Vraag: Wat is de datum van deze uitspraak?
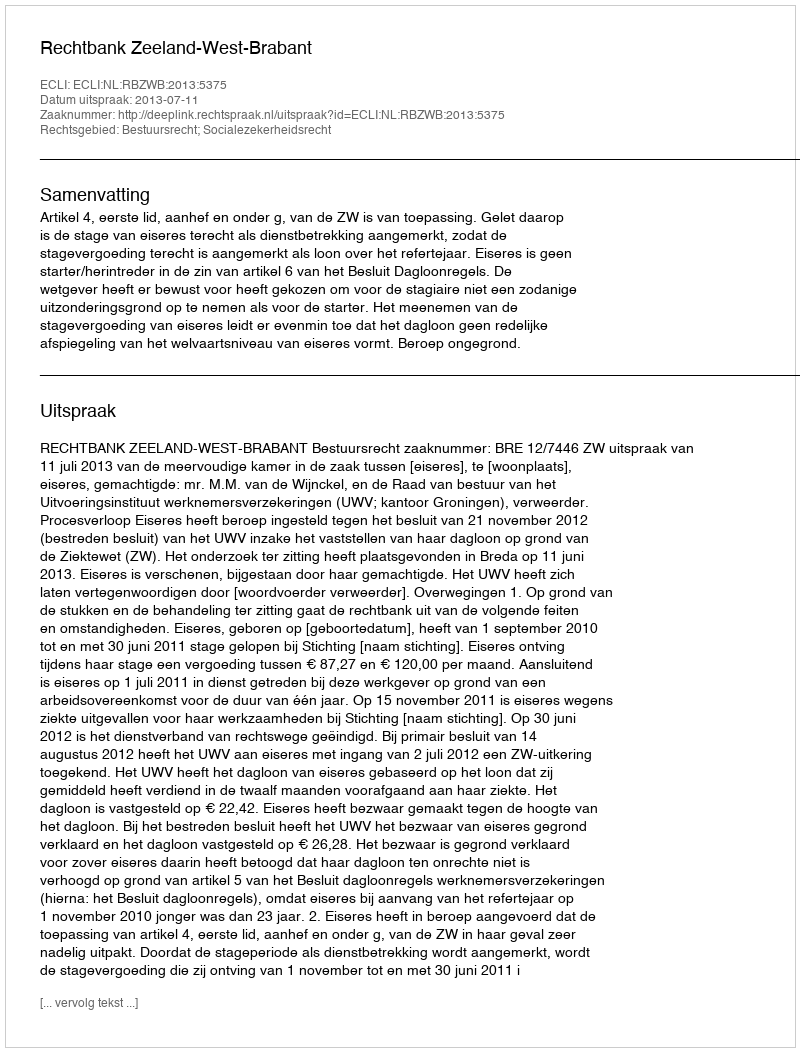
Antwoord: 2013-07-11